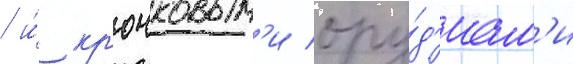
/ и́ кр'ючковым'и ору́д'иам'и